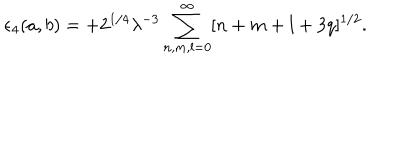
LaTeX: \epsilon _ { 4 } ( a , b ) = + 2 ^ { 1 / 4 } \lambda ^ { - 3 } \sum _ { n , m , l = 0 } ^ { \infty } [ n + m + l + 3 q ] ^ { 1 / 2 } .